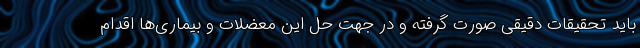
باید تحقیقات دقیقی صورت گرفته و در جهت حل این معضلات و بیماری‌ها اقدام